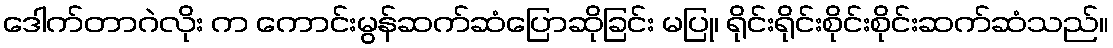
ဒေါက်တာဂဲလိုး က ကောင်းမွန်ဆက်ဆံပြောဆိုခြင်း မပြု၊ ရိုင်းရိုင်းစိုင်းစိုင်းဆက်ဆံသည်။